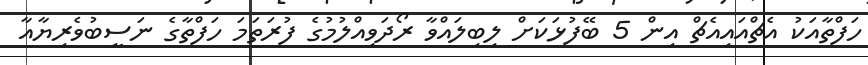
ހަފްތާއަކު އެޗްއައިއެޗް އިން 5 ބޭފުޅަކަށް ލިބިލައްވާ ރޯދަވިއްލުމުގެ ފުރަތަމަ ހަފްތާގެ ނަސީބުވެރިޔާއާ